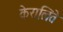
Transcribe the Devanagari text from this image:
केरालिते